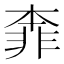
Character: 𩇶